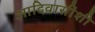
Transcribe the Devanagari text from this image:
आदिवासींशी